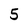
Character: 5